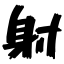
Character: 射